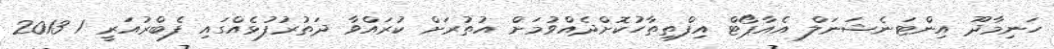
ހަނިމާދޫ އިންޓަނެޝަނަލް އެއާޕޯޓް އިފްތިތާހުކޮށްދެއްވުމަށް އުތުރަށް ކުރައްވާ ދަތުރުފުޅެއްގައި ފެބްރުއަރީ 1 2013